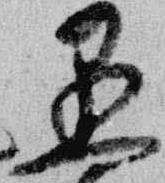
愚